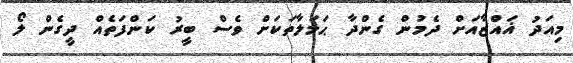
މިއަދު ޣައްޒާއަށް ދެމުން ގެންދާ ޙަމަލާތަކަށް ވެސް ބީރު ކަންފަތެއް ދީގެން ލޯ